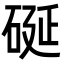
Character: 硟